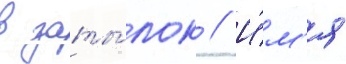
в заты́лок // И́м'я